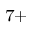
^ { 7 + }